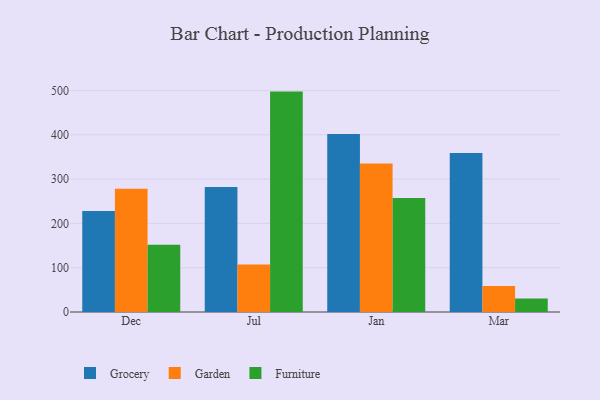
{"axis": {"x": "Month", "y": "Production Output"}, "legend": ["Furniture", "Garden", "Grocery"], "data": [{"x": "Dec", "y": 228.0, "type": "Grocery"}, {"x": "Dec", "y": 278.1, "type": "Garden"}, {"x": "Dec", "y": 152.1, "type": "Furniture"}, {"x": "Jul", "y": 282.1, "type": "Grocery"}, {"x": "Jul", "y": 107.5, "type": "Garden"}, {"x": "Jul", "y": 497.6, "type": "Furniture"}, {"x": "Jan", "y": 401.7, "type": "Grocery"}, {"x": "Jan", "y": 335.5, "type": "Garden"}, {"x": "Jan", "y": 257.5, "type": "Furniture"}, {"x": "Mar", "y": 359.1, "type": "Grocery"}, {"x": "Mar", "y": 58.5, "type": "Garden"}, {"x": "Mar", "y": 30.7, "type": "Furniture"}]}